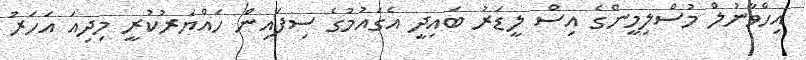
އިހްވާނުލް މުސްލިމީންގެ އިސް ލީޑަރު ބައިދީ އެގައުމުގެ ސިފައިން ހައްޔަރުކުރީ މިދިއަ އަހަރު